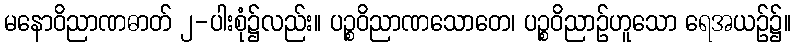
မနောဝိညာဏဓာတ် ၂-ပါးစုံ၌လည်း။ ပဉ္စဝိညာဏသောတေ၊ ပဉ္စဝိညာဉ်ဟူသော ရေအယဉ်၌။